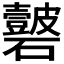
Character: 𥗣